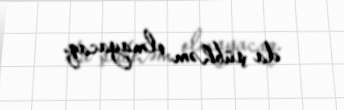
da şübhəm olmayacaq.